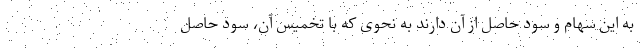
به این سهام و سود حاصل از آن دارند به نحوی که با تخمیس آن، سود حاصل